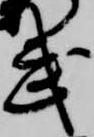
武